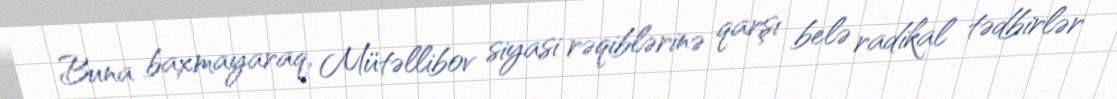
Buna baxmayaraq, Mütəllibov siyasi rəqiblərinə qarşı belə radikal tədbirlər